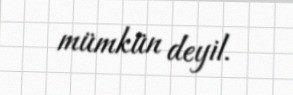
mümkün deyil.